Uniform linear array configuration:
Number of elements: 16
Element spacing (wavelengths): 0.75
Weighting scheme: kaiser
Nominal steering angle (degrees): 30
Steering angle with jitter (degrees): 29.89
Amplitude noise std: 0.05
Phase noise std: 0.05

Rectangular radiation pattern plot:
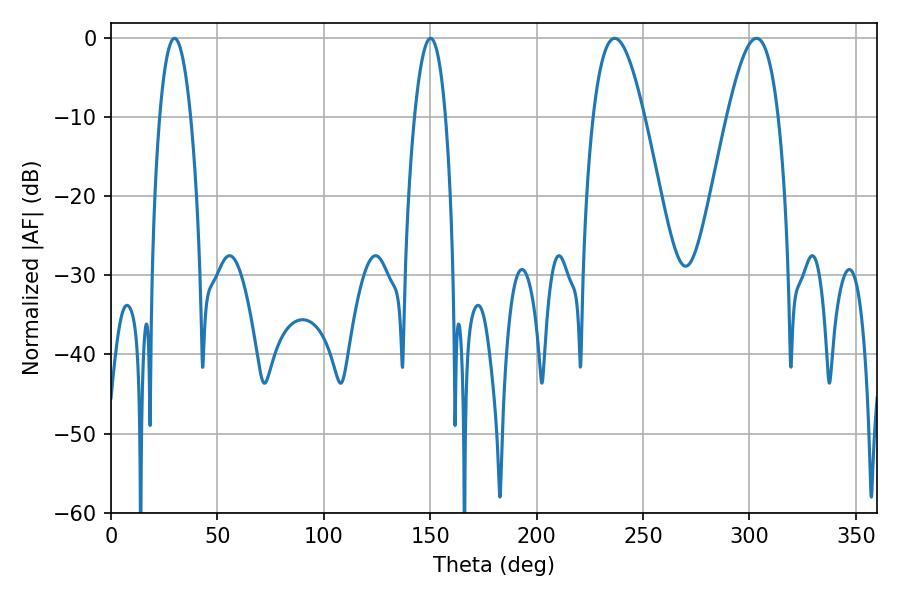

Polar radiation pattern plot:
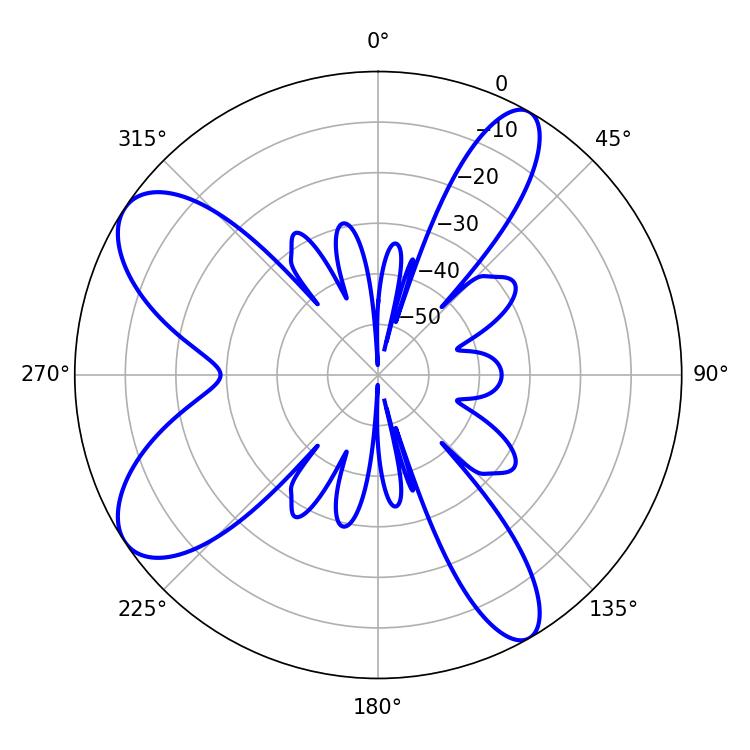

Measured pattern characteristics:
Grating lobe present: TRUE
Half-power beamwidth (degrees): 12.96
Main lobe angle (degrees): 236.7